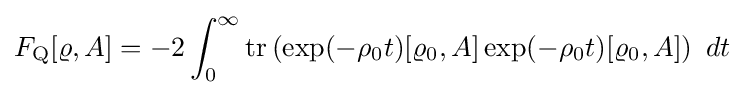
F_{\rm {Q}}[\varrho ,A]=-2\int _{0}^{\infty }{\text{tr}}\left(\exp(-\rho _{0}t)[\varrho _{0},A]\exp(-\rho _{0}t)[\varrho _{0},A]\right)\ dt